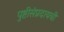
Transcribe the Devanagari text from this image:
पुष्टीसंप्रदायची